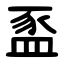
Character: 䀃